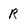
Character: R